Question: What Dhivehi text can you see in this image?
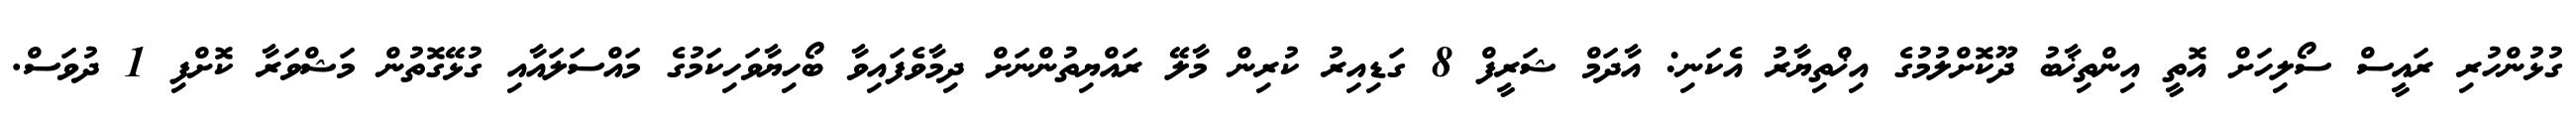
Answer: ގުޅުންހުރި ރައީސް ސޯލިހަށް އޮތީ އިންތިޚާބު ދޫކޮށްލުމުގެ އިޚްތިޔާރު އެކަނި: އާދަމް ޝަރީފް 8 ގަޑިއިރު ކުރިން މާލޭ ރައްޔިތުންނަށް ދިމާވެފައިވާ ބޯހިޔާވަހިކަމުގެ މައްސަލައާއި ގުޅޭގޮތުން މަޝްވަރާ ކޮށްފި 1 ދުވަސް.